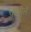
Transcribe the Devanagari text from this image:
पशुमेले